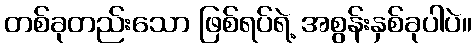
တစ်ခုတည်းသော ဖြစ်ရပ်ရဲ့ အစွန်းနှစ်ခုပါပဲ။